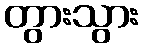
တွားသွား